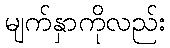
မျက်နှာကိုလည်း